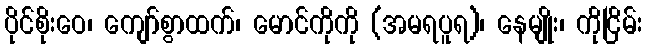
ပိုင်စိုးဝေ၊ ကျော်စွာထက်၊ မောင်ကိုကို (အမရပူရ)၊ နေမျိုး၊ ကိုငြိမ်း